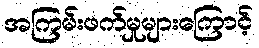
အကြမ်းဖက်မှုများကြောင့်